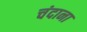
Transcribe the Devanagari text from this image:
चंदाना